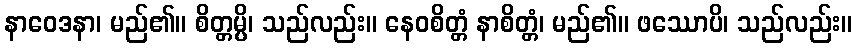
နာဝေဒနာ၊ မည်၏။ စိတ္တမ္ပိ၊ သည်လည်း။ နေဝစိတ္တံ နာစိတ္တံ၊ မည်၏။ ဖဿောပိ၊ သည်လည်း။